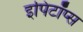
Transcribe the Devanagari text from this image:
इपिटॉप्स